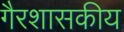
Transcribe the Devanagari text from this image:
गैरशासकीय